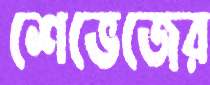
শেভেজের